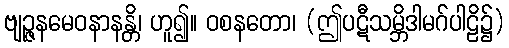
ဗျဉ္ဇနမေဝနာနန္တိ၊ ဟူ၍။ ဝစနတော၊ (ဤပဋီသမ္ဘိဒါမဂ်ပါဠိ၌)